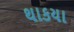
થાકયા